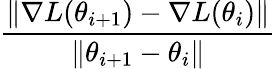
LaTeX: \frac{\| \nabla L(\theta_{i+1})-\nabla L(\theta_{i})\| }{\| \theta_{i+1}-\theta_{i}\| }